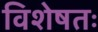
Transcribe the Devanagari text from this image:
विशेषतः